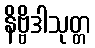
နိဗ္ဗိဒါသုတ္တ